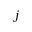
j